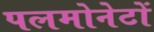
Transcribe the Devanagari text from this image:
पलमोनेटों